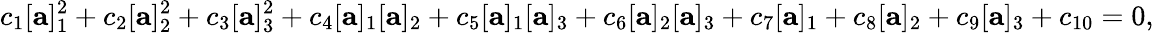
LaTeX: c_{1}[{\mathbf a}]_{1}^{2}+c_{2}[{\mathbf a}]_{2}^{2}+c_{3}[{\mathbf a}]_{3}^{2}+c_{4}[{\mathbf a}]_{1}[{\mathbf a}]_{2}+c_{5}[{\mathbf a}]_{1}[{\mathbf a}]_{3}+c_{6}[{\mathbf a}]_{2}[{\mathbf a}]_{3}+c_{7}[{\mathbf a}]_{1}+c_{8}[{\mathbf a}]_{2}+c_{9}[{\mathbf a}]_{3}+c_{10}=0,